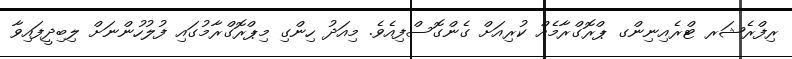
ރިފްރެޝަރ ޓްރެއިނިންގ ޕްރޮގްރާމެއް ކުރިއަށް ގެންގޮސްފިއެވެ. މިއަދު ހިންގި މިޕްރޮގްރާމުގައި ފުލުހުންނަށް ލިބިދީފައިވާ